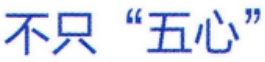
不只 “五心”